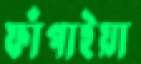
ফাঁপাইয়া